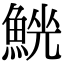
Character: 𩸟